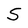
Character: S